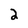
Character: 2